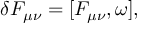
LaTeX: \delta F _ { \mu \nu } = [ F _ { \mu \nu } , \omega ] ,